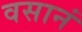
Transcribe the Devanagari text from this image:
वसानं